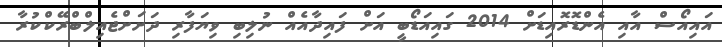
އައިއޯސް އާއި އެންޑޮރޮއިޑަށް 2014 ގައިއަޑޯބީ އަށް ފައިދާއެއް ނުލިބި ވިޔަފާރި ދަށަށްޖެއިލްބްރޭކްކުރާ